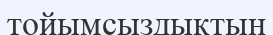
тойымсыздықтың